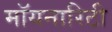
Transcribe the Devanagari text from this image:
मॉयनारिटी